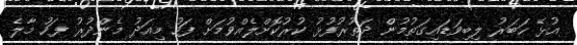
އުޅޭ ހަބަރު ލިބިވަޑައިގަތުމުން ދަތުރުފުޅު ކުރުކޮށްލެއްވުމަށް ފަހު މިއަދު މެންދުރު ފަހު މާލެ